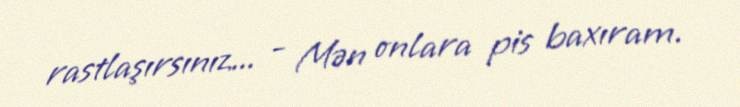
rastlaşırsınız... - Mən onlara pis baxıram.